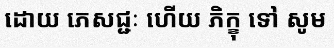
ដោយ ភេសជ្ជៈ ហើយ ភិក្ខុ ទៅ សូម